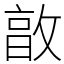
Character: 㪟